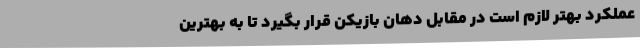
عملکرد بهتر لازم است در مقابل دهان بازیکن قرار بگیرد تا به بهترین